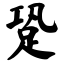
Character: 跫